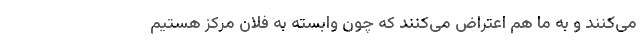
می‌کنند و به ما هم اعتراض می‌کنند که چون وابسته به فلان مرکز هستیم